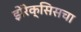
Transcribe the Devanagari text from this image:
झेरेक्सिसचा